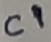
Text: C1